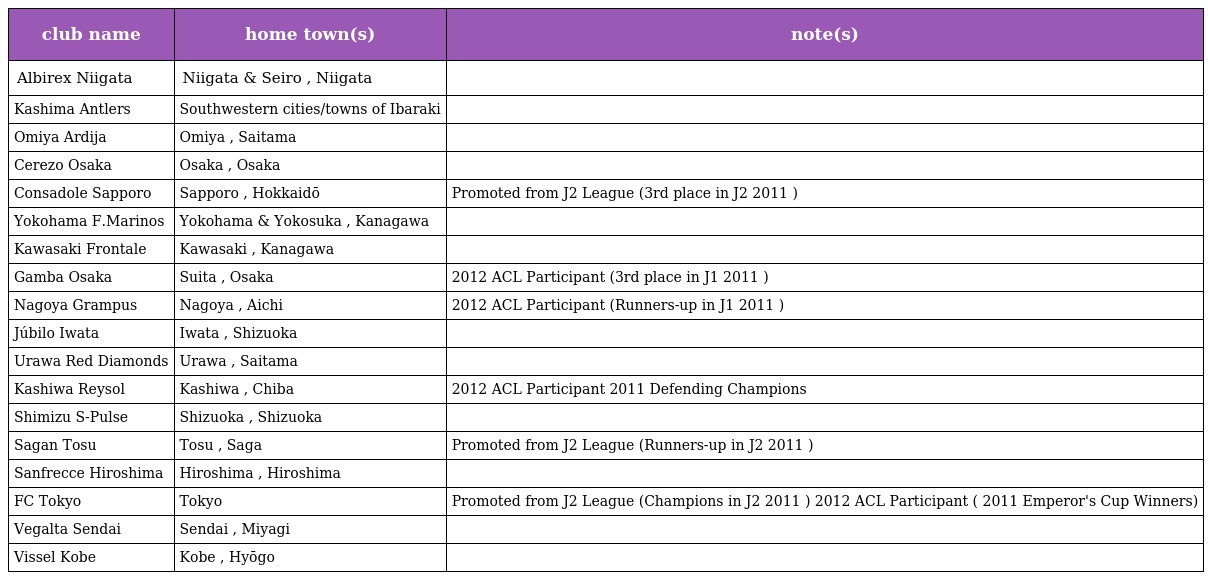
| club name | home town(s) | note(s) |
 | --- | --- | --- |
 | Albirex Niigata | Niigata & Seiro , Niigata |  |
 | Kashima Antlers | Southwestern cities/towns of Ibaraki |  |
 | Omiya Ardija | Omiya , Saitama |  |
 | Cerezo Osaka | Osaka , Osaka |  |
 | Consadole Sapporo | Sapporo , Hokkaidō | Promoted from J2 League (3rd place in J2 2011 ) |
 | Yokohama F.Marinos | Yokohama & Yokosuka , Kanagawa |  |
 | Kawasaki Frontale | Kawasaki , Kanagawa |  |
 | Gamba Osaka | Suita , Osaka | 2012 ACL Participant (3rd place in J1 2011 ) |
 | Nagoya Grampus | Nagoya , Aichi | 2012 ACL Participant (Runners-up in J1 2011 ) |
 | Júbilo Iwata | Iwata , Shizuoka |  |
 | Urawa Red Diamonds | Urawa , Saitama |  |
 | Kashiwa Reysol | Kashiwa , Chiba | 2012 ACL Participant 2011 Defending Champions |
 | Shimizu S-Pulse | Shizuoka , Shizuoka |  |
 | Sagan Tosu | Tosu , Saga | Promoted from J2 League (Runners-up in J2 2011 ) |
 | Sanfrecce Hiroshima | Hiroshima , Hiroshima |  |
 | FC Tokyo | Tokyo | Promoted from J2 League (Champions in J2 2011 ) 2012 ACL Participant ( 2011 Emperor's Cup Winners) |
 | Vegalta Sendai | Sendai , Miyagi |  |
 | Vissel Kobe | Kobe , Hyōgo |  |